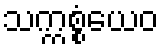
သက္ကစ္စံယေဝ